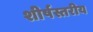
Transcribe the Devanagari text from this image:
शीर्षस्तरीय